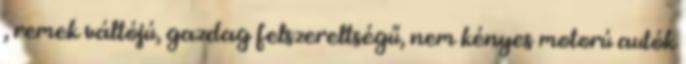
, remek váltójú, gazdag felszereltségű, nem kényes motorú autók